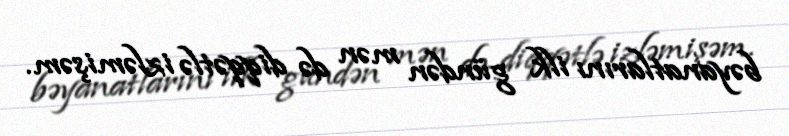
bəyanatlarını ilk gündən mən də diqqətlə izləmişəm.